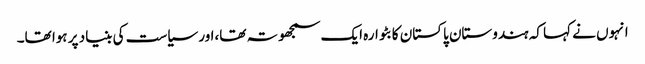
انہوں نے کہا کہ ہندوستان پاکستان کا بٹوارہ ایک سمجھوتہ تھا،اور سیاست کی بنیاد پر ہوا تھا۔